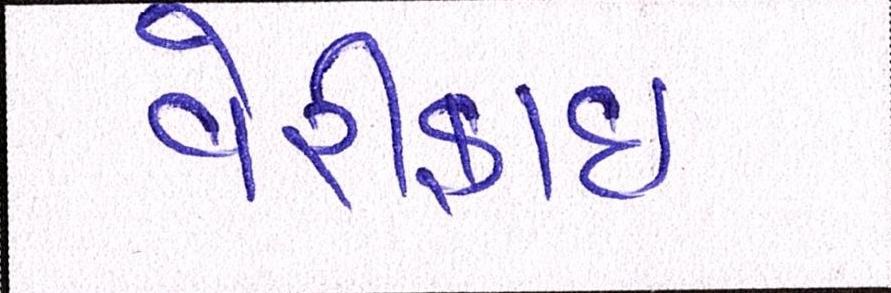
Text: વેરીફાઈ